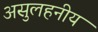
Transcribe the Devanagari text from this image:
असुलहनीय